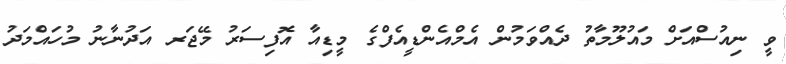
ވީ ނިއުސްއަށް މައުލޫމާތު ދެއްވަމުން އެމްއެންޑީއެފްގެ މީޑިއާ އޮފިސަރު މޭޖަރ އަދުނާނު މުހައްމަދު